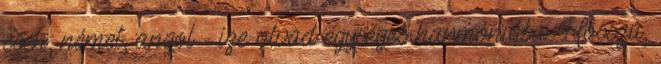
cseh, német, angol - íze olvad egységes harmóniába. Hosszú,